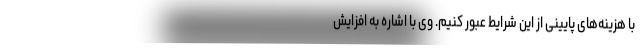
با هزینه‌های پایینی از این شرایط عبور کنیم. وی با اشاره به افزایش